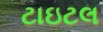
ટાઇટલ